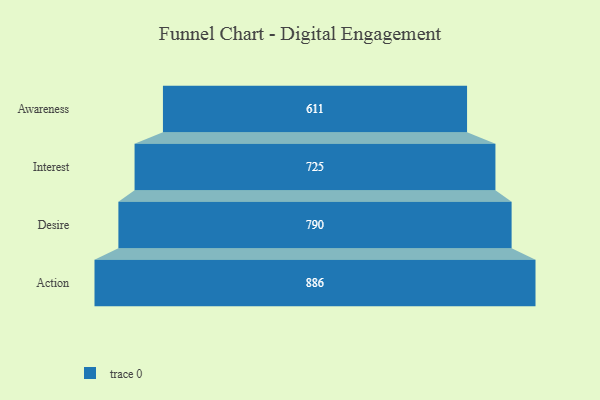
{"axis": {"x": "Stage", "y": "Value"}, "legend": [""], "data": [{"x": "Awareness", "y": 611.0, "type": ""}, {"x": "Interest", "y": 725.0, "type": ""}, {"x": "Desire", "y": 790.0, "type": ""}, {"x": "Action", "y": 886.0, "type": ""}]}